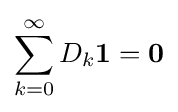
\sum _{k=0}^{\infty }D_{k}{\boldsymbol {1}}={\boldsymbol {0}}